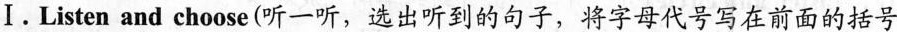
Ⅰ.Listen and choose (听一听,选出听到的句子,将字母代号写在前面的括号